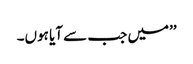
’’میں جب سے آیا ہوں۔